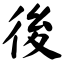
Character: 後